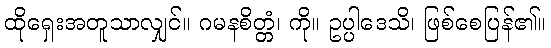
ထိုရှေးအတူသာလျှင်။ ဂမနစိတ္တံ၊ ကို။ ဥပ္ပါဒေသိ၊ ဖြစ်စေပြန်၏။